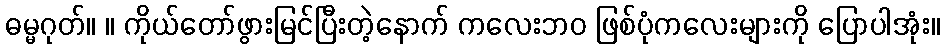
ဓမ္မဂုတ်။ ။ ကိုယ်တော်ဖွားမြင်ပြီးတဲ့နောက် ကလေးဘဝ ဖြစ်ပုံကလေးများကို ပြောပါအုံး။